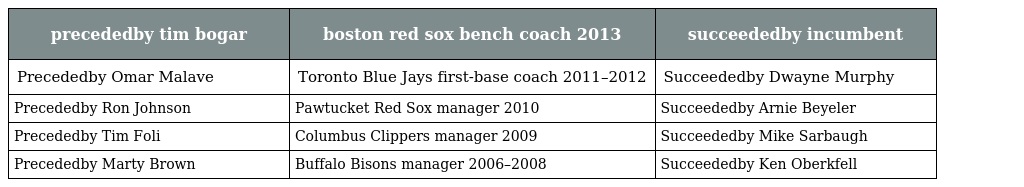
| precededby tim bogar | boston red sox bench coach 2013 | succeededby incumbent |
 | --- | --- | --- |
 | Precededby Omar Malave | Toronto Blue Jays first-base coach 2011–2012 | Succeededby Dwayne Murphy |
 | Precededby Ron Johnson | Pawtucket Red Sox manager 2010 | Succeededby Arnie Beyeler |
 | Precededby Tim Foli | Columbus Clippers manager 2009 | Succeededby Mike Sarbaugh |
 | Precededby Marty Brown | Buffalo Bisons manager 2006–2008 | Succeededby Ken Oberkfell |